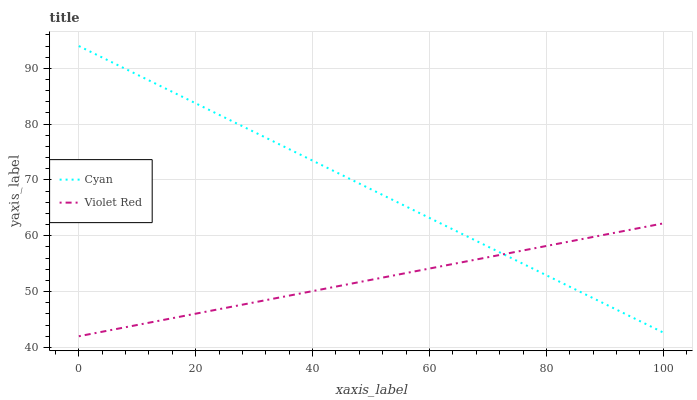
| xaxis_label | Cyan | Violet Red |
 | --- | --- | --- |
 | 0 | 94 | 42 |
 | 6.25 | 90.8 | 43.3 |
 | 12.5 | 87.6 | 44.5 |
 | 18.8 | 84.4 | 45.8 |
 | 25 | 81.2 | 47.1 |
 | 31.2 | 78 | 48.3 |
 | 37.5 | 74.7 | 49.6 |
 | 43.8 | 71.5 | 50.8 |
 | 50 | 68.3 | 52.1 |
 | 56.2 | 65.1 | 53.4 |
 | 62.5 | 61.9 | 54.6 |
 | 68.8 | 58.7 | 55.9 |
 | 75 | 55.5 | 57.2 |
 | 81.2 | 52.3 | 58.4 |
 | 87.5 | 49.1 | 59.7 |
 | 93.8 | 45.9 | 61 |
 | 100 | 42.7 | 62.2 |